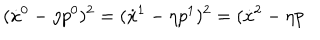
( { \dot { x } } ^ { 0 } - \eta { p } ^ { 0 } ) ^ { 2 } = ( { \dot { x } } ^ { 1 } - \eta { p } ^ { 1 } ) ^ { 2 } = ( { \dot { x } } ^ { 2 } - \eta { p }